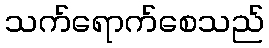
သက်ရောက်စေသည်